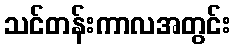
သင်တန်းကာလအတွင်း